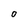
Character: 0